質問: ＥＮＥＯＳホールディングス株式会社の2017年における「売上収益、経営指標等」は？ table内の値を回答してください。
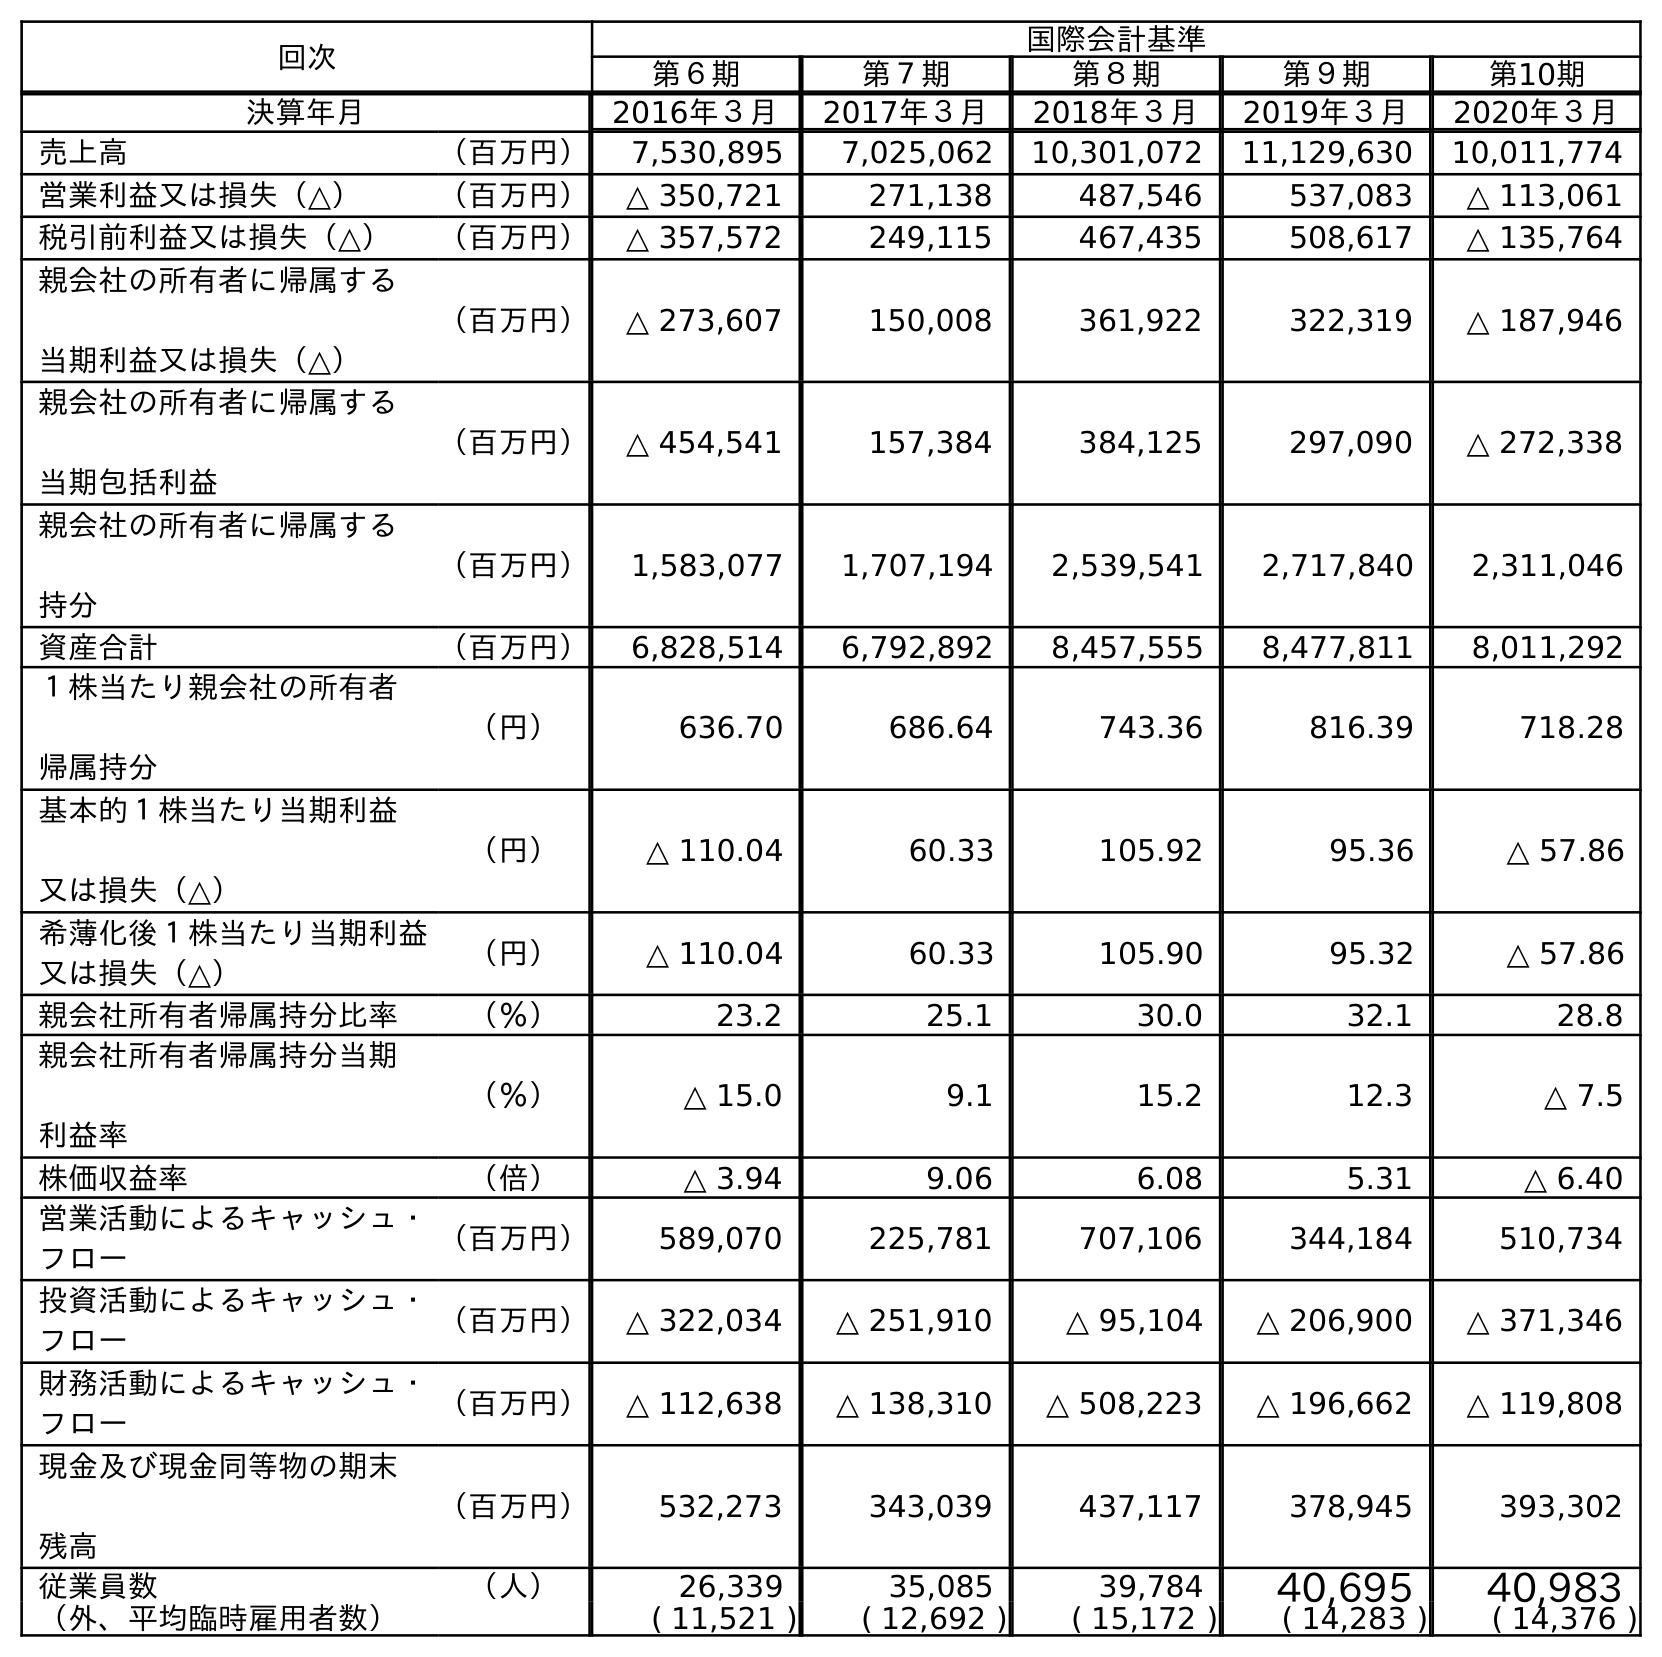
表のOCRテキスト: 回次 国際会計基準 第６期 第７期 第８期 第９期 第10期 決算年月 2016年３月 2017年３月 2018年３月 2019年３月 2020年３月 売上高 （百万円） 7,530,895 7,025,062 10,301,072 11,129,630 10,011,774 営業利益又は損失（△） （百万円） △ 350,721 271,138 487,546 537,083 △ 113,061 税引前利益又は損失（△） （百万円） △ 357,572 249,115 467,435 508,617 △ 135,764 親会社の所有者に帰属する 当期利益又は損失（△） （百万円） △ 273,607 150,008 361,922 322,319 △ 187,946 親会社の所有者に帰属する 当期包括利益 （百万円） △ 454,541 157,384 384,125 297,090 △ 272,338 親会社の所有者に帰属する 持分 （百万円） 1,583,077 1,707,194 2,539,541 2,717,840 2,311,046 資産合計 （百万円） 6,828,514 6,792,892 8,457,555 8,477,811 8,011,292 １株当たり親会社の所有者 帰属持分 （円） 636.70 686.64 743.36 816.39 718.28 基本的１株当たり当期利益 又は損失（△） （円） △ 110.04 60.33 105.92 95.36 △ 57.86 希薄化後１株当たり当期利益 又は損失（△） （円） △ 110.04 60.33 105.90 95.32 △ 57.86 親会社所有者帰属持分比率 （％） 23.2 25.1 30.0 32.1 28.8 親会社所有者帰属持分当期 利益率 （％） △ 15.0 9.1 15.2 12.3 △ 7.5 株価収益率 （倍） △ 3.94 9.06 6.08 5.31 △ 6.40 営業活動によるキャッシュ・ フロー （百万円） 589,070 225,781 707,106 344,184 510,734 投資活動によるキャッシュ・ フロー （百万円） △ 322,034 △ 251,910 △ 95,104 △ 206,900 △ 371,346 財務活動によるキャッシュ・ フロー （百万円） △ 112,638 △ 138,310 △ 508,223 △ 196,662 △ 119,808 現金及び現金同等物の期末 残高 （百万円） 532,273 343,039 437,117 378,945 393,302 従業員数 （人） 26,339 35,085 39,784 40,695 40,983 （外、平均臨時雇用者数） ( 11,521 ) ( 12,692 ) ( 15,172 ) ( 14,283 ) ( 14,376 )
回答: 7,025,062